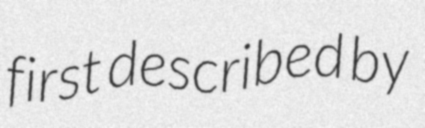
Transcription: first described by